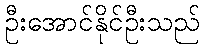
ဦးအောင်နိုင်ဦးသည်